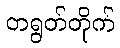
တရွတ်တိုက်